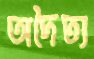
অদৈত্য